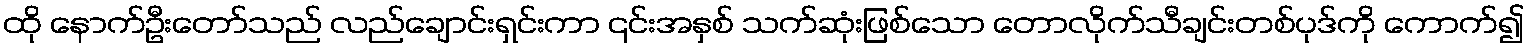
ထို နောက်ဦးတော်သည် လည်ချောင်းရှင်းကာ ၎င်းအနှစ် သက်ဆုံးဖြစ်သော တောလိုက်သီချင်းတစ်ပုဒ်ကို ကောက်၍